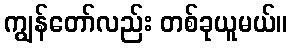
ကျွန်တော်လည်း တစ်ခုယူမယ်။